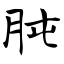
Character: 肫